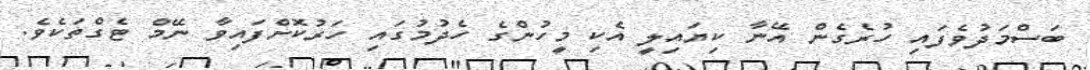
ބަސްމަދުވެފައި ހުރެގެން އޭނާ ކިޔައިލީ އެކި މީހުންގެ ހެދުމުގައި ހަރުކޮށްފައިވާ ނޭމް ޓެގްތަކެވެ.